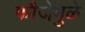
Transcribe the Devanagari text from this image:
फौजेमुळे